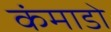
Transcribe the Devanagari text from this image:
कंमाडो